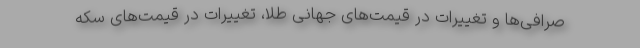
صرافی‌ها و تغییرات در قیمت‌های جهانی طلا، تغییرات در قیمت‌های سکه